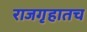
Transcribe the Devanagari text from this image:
राजगृहातच